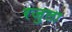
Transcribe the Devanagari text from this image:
रजुला